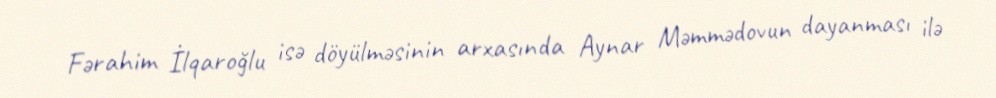
Fərahim İlqaroğlu isə döyülməsinin arxasında Aynar Məmmədovun dayanması ilə